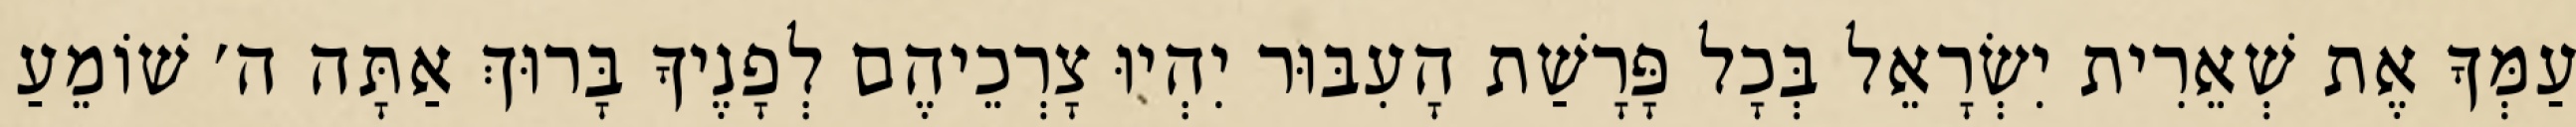
עַמְּךָ אֶת שְׁאֵרִית יִשְׂרָאֵל בְּכָל פָּרָשַׁת הָעִבּוּר יִהְיוּ צָרְכֵיהֶם לְפָנֶיךָ בָּרוּךְ אַתָּה ה׳ שׁוֹמֵעַ